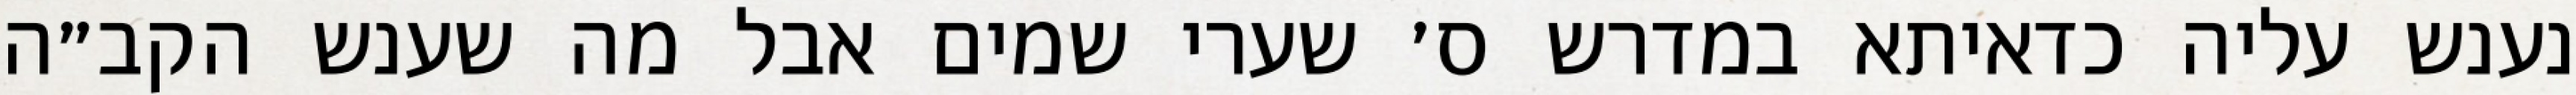
נענש עליה כדאיתא במדרש ס׳ שערי שמים אבל מה שענש הקב״ה